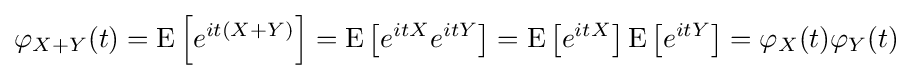
\varphi _{X+Y}(t)=\operatorname {E} \left[e^{it(X+Y)}\right]=\operatorname {E} \left[e^{itX}e^{itY}\right]=\operatorname {E} \left[e^{itX}\right]\operatorname {E} \left[e^{itY}\right]=\varphi _{X}(t)\varphi _{Y}(t)